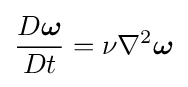
{\frac {D{\boldsymbol {\omega }}}{Dt}}=\nu \nabla ^{2}{\boldsymbol {\omega }}